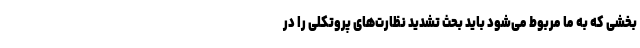
بخشی که به ما مربوط می‌شود باید بحث تشدید نظارت‌های پروتکلی را در